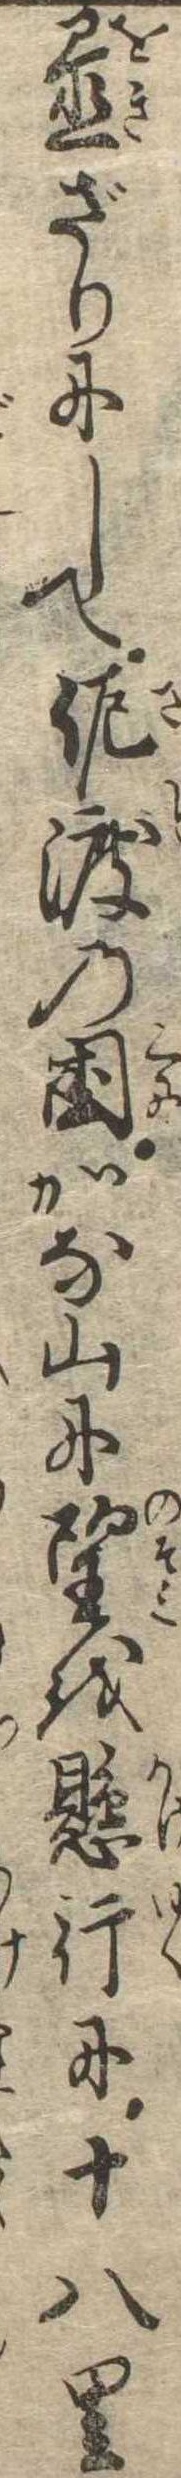
置ざりにして佐渡の国かな山に望を懸行に十八里